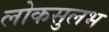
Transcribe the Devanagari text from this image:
लोकसुलभ